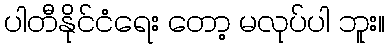
ပါတီနိုင်ငံရေး တော့ မလုပ်ပါ ဘူး။